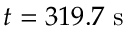
t = 3 1 9 . 7 ~ \mathrm { s }